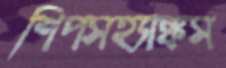
শিপসহ্যাঙ্কস